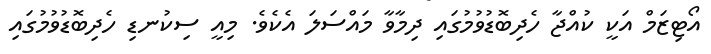
އޯޓިޒަމް އަކީ ކުއްޖާ ހެދިބޮޑުވުމުގައި ދިމާވާ މައްސަލަ އެކެވެ. މިއީ ސިކުނޑި ހެދިބޮޑުވުމުގައި